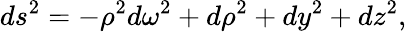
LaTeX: ds^{2}=-\rho^{2}d\omega^{2}+d\rho^{2}+dy^{2}+dz^{2},